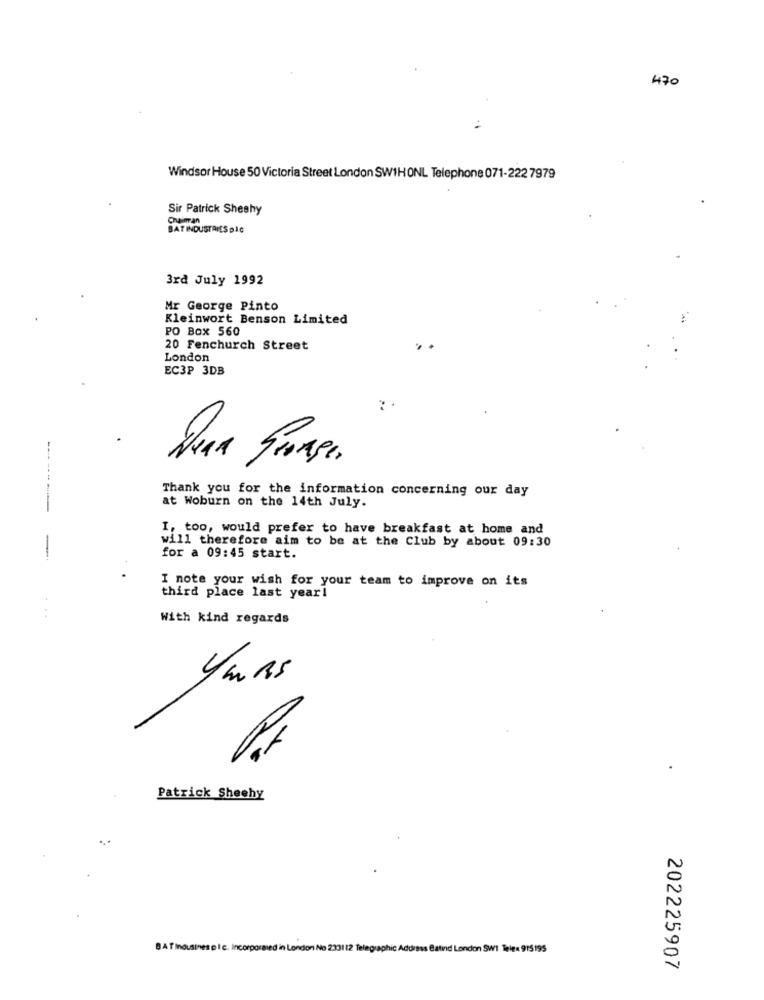
470
Windsor House 50 Victoria Street London SW1HONL Telephone 071-222 7979
Sir Patrick Sheshy
Chaiman
BAT INDUSTRIES DIC
3rd July 1992
Mr George Pinto
Kleinwort Benson Limited
PO Box 560
20 Fenchurch Street
London
EC3P 3DB
Thank you for the information concerning our day
at Woburn on the 14th July.
-------
I, too, would prefer to have breakfast at home and
will therefore aim to be at the Club by about 09:30
-
for a 09:45 start.
I note your wish for your team to improve on its
third place last year!
With kind regards
Patrick Sheehy
8 AT Indusines plc. Incorporaed in London No 233112 Telegraphic Address Batind London SW1 Tele 915195
202225907